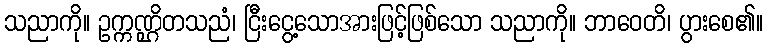
သညာကို။ ဥက္ကဏ္ဌိတသညံ၊ ငြီးငွေ့သောအားဖြင့်ဖြစ်သော သညာကို။ ဘာဝေတိ၊ ပွားစေ၏။